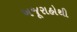
ખજૂરાહોથી